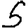
Digit: 5